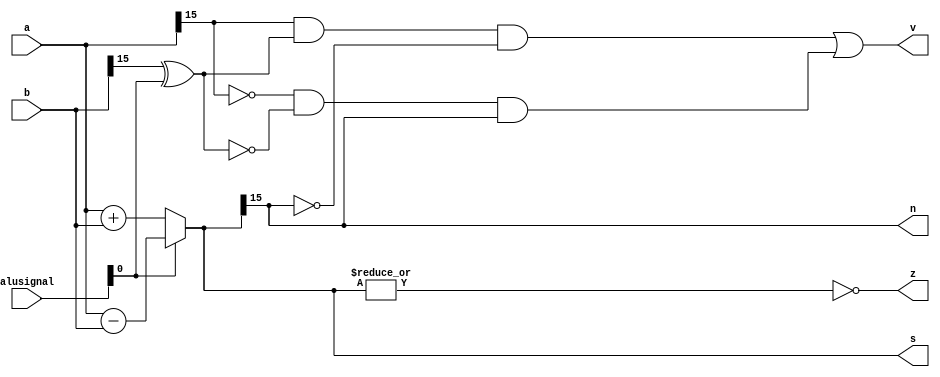
/*
   This file was generated automatically by Alchitry Labs version 1.2.7.
   Do not edit this file directly. Instead edit the original Lucid source.
   This is a temporary file and any changes made to it will be destroyed.
*/

module adder_5 (
    input [15:0] a,
    input [15:0] b,
    input [5:0] alusignal,
    output reg [15:0] s,
    output reg z,
    output reg v,
    output reg n
  );
  
  
  
  reg [15:0] holder;
  
  always @* begin
    if (!alusignal[0+0-:1]) begin
      holder = a + b;
    end else begin
      holder = a - b;
    end
    s = holder;
    z = ~(|holder);
    v = (a[15+0-:1] & (b[15+0-:1] ^ alusignal[0+0-:1]) & !holder[15+0-:1]) | (!a[15+0-:1] & !(b[15+0-:1] ^ alusignal[0+0-:1]) & holder[15+0-:1]);
    n = holder[15+0-:1];
  end
endmodule